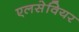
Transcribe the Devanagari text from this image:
एलसेवियर